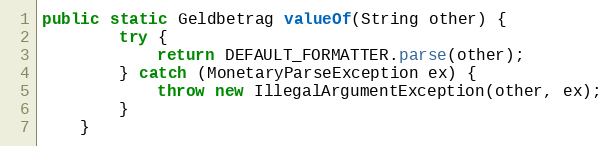
Language: Java
public static Geldbetrag valueOf(String other) {
        try {
            return DEFAULT_FORMATTER.parse(other);
        } catch (MonetaryParseException ex) {
            throw new IllegalArgumentException(other, ex);
        }
    }